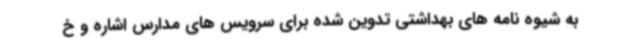
به شیوه نامه های بهداشتی تدوین شده برای سرویس های مدارس اشاره و خ